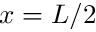
x = L / 2